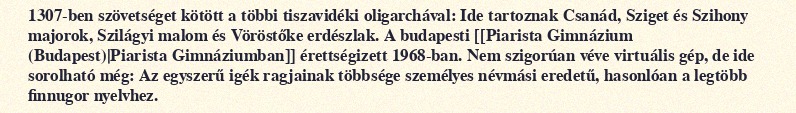
1307-ben szövetséget kötött a többi tiszavidéki oligarchával: Ide tartoznak Csanád, Sziget és Szihony majorok, Szilágyi malom és Vöröstőke erdészlak. A budapesti [[Piarista Gimnázium (Budapest)|Piarista Gimnáziumban]] érettségizett 1968-ban. Nem szigorúan véve virtuális gép, de ide sorolható még: Az egyszerű igék ragjainak többsége személyes névmási eredetű, hasonlóan a legtöbb finnugor nyelvhez.